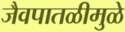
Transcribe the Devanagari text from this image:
जैवपातळीमुळे